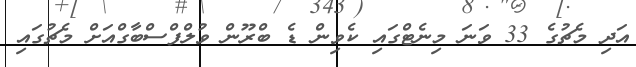
އަދި މެޗުގެ 33 ވަނަ މިނެޓްގައި ކެވިން ޑެ ބްރޫން ވުލްފްސްބާގްއަށް މެޗުގައި